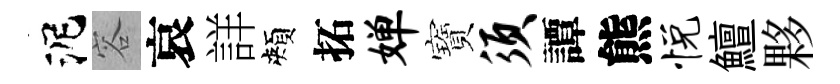
泥容哀詳頰拓婵寶须譚熊悦鱣夥